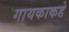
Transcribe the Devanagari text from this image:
गायकाकडे